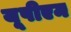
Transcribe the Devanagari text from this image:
यूपीएम